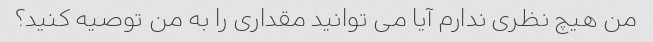
من هیچ نظری ندارم آیا می توانید مقداری را به من توصیه کنید؟